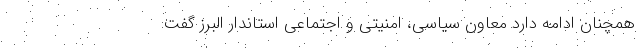
همچنان ادامه دارد معاون سیاسی، امنیتی و اجتماعی استاندار البرز گفت: